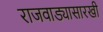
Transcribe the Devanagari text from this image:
राजवाड्यासारखी